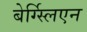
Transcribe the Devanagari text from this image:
बेर्ग्स्लिएन